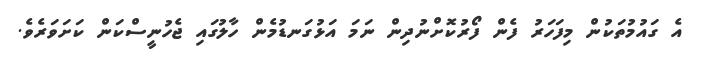
އެ ގައުމުތަކުން މިފަހަރު ފެން ފޯރުކޮށްނުދިން ނަމަ އަޅުގަނޑުމެން ހާލުގައި ޖެހުނީސްކަން ކަށަވަރެވެ.